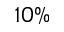
1 0 \%